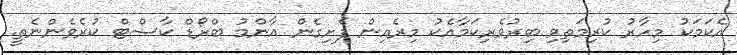
އެކަމަކު މިހާރު ކުރިމަތިވި ބިރުވެރިކަމާއެކު މިރެއިން ފެށިގެން އާންމު ބްރޯޑް ކާސްޓް ކުރެވެންނެތީ.